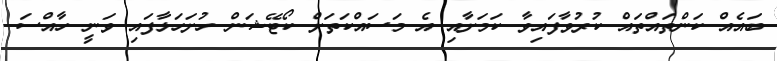
ބައެއް ކަންތައްތައް ކުރުވާފައިވާ ކަމަށާއި އެ މަސައްކަތަށް ކޯޓޭޝަން ހުށަހަޅާފައި ވަނީ ހާއްސަ